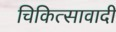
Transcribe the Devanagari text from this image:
चिकित्सावादी